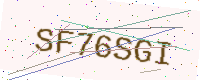
Text: SF76SGI